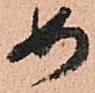
如